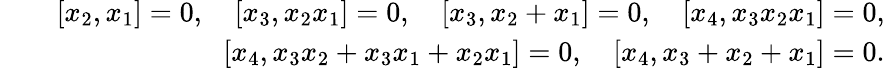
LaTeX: \begin{array}{rlr}&{}&{[x_{2},x_{1}]=0,\quad[x_{3},x_{2}x_{1}]=0,\quad[x_{3},x_{2}+x_{1}]=0,\quad[x_{4},x_{3}x_{2}x_{1}]=0,}\\ &{}&{[x_{4},x_{3}x_{2}+x_{3}x_{1}+x_{2}x_{1}]=0,\quad[x_{4},x_{3}+x_{2}+x_{1}]=0.}\end{array}